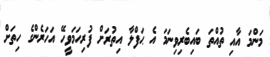
މަންމަ އާއި ތުއްތަ ބައިބެރިވިނަމަ އެ ޙަފްލާ އިތުރަށް ފުރިހަމަވީހޭ އަހަރެންގެ ހިތަށް